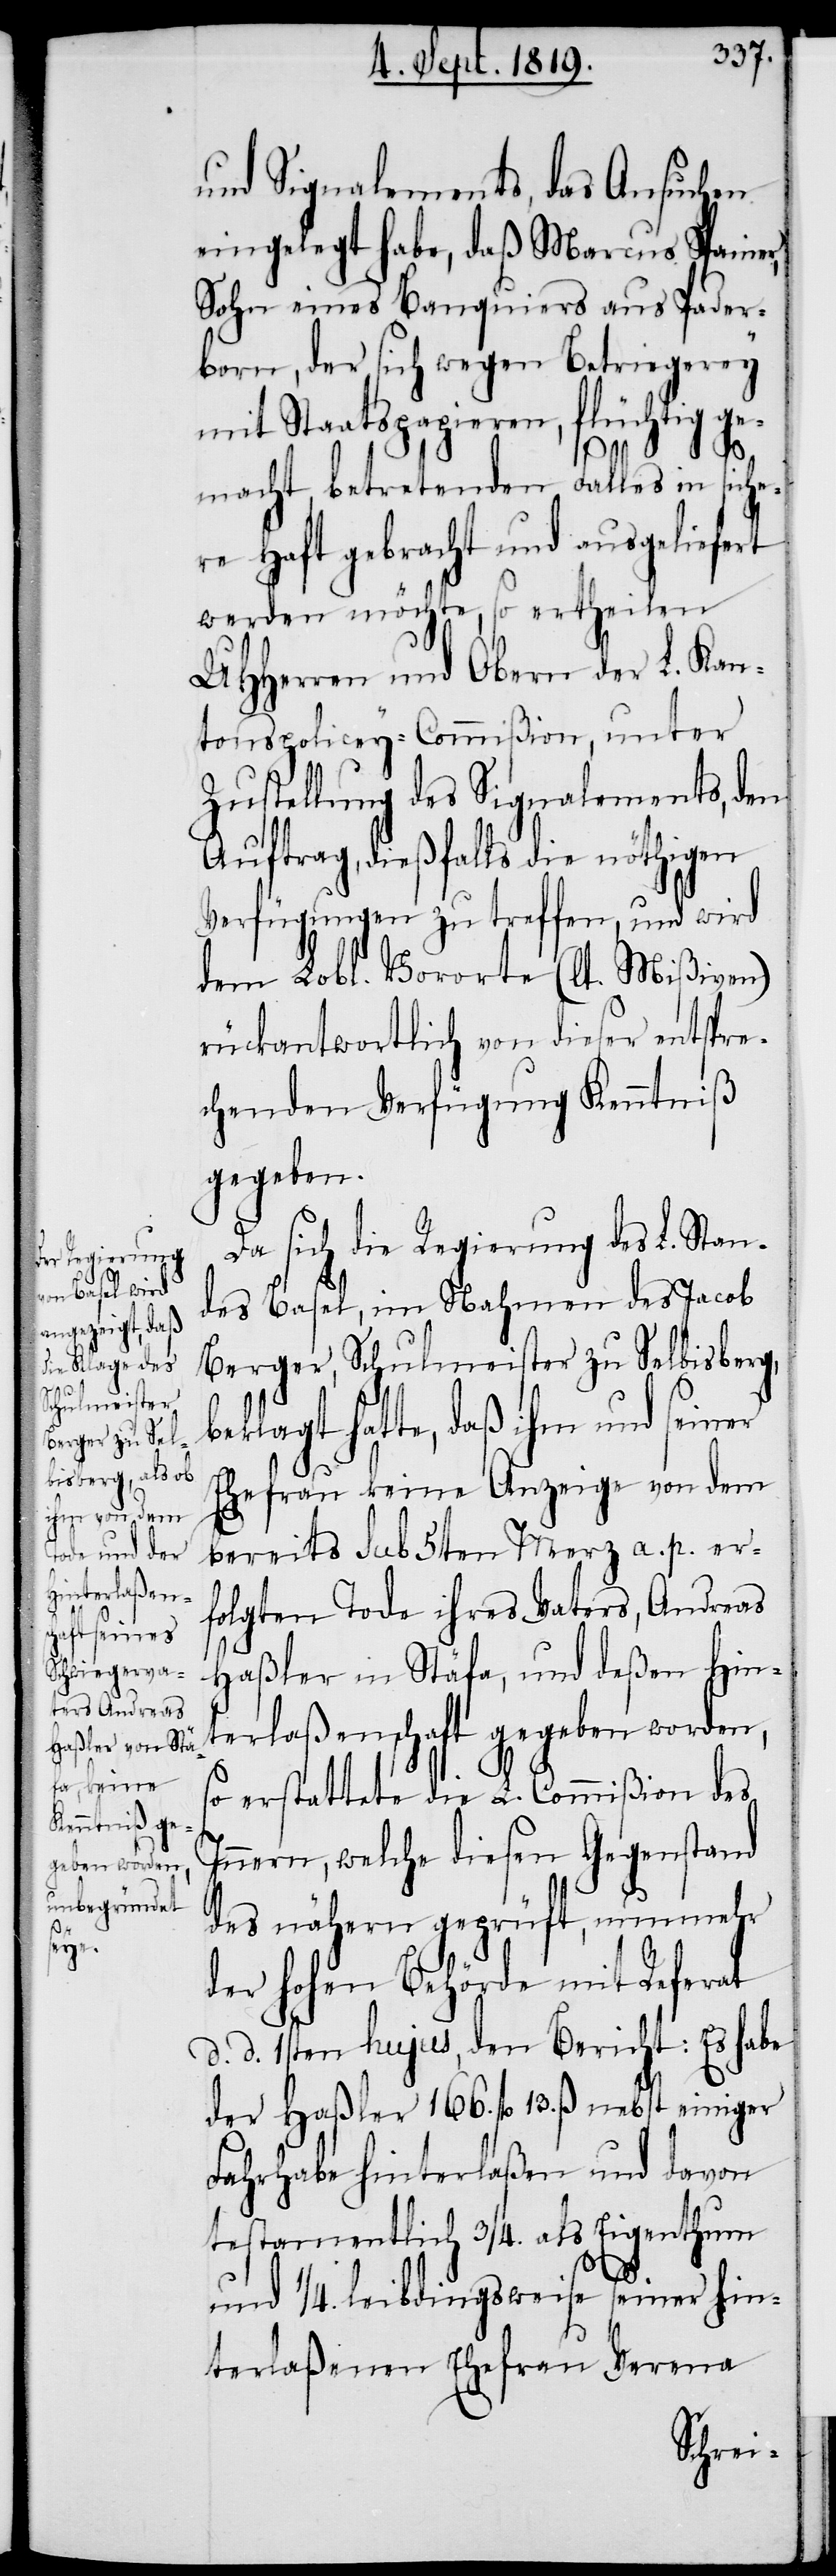
und Signalements, das Ansuchen
eingelegt habe, daß Marcus Spanier,
Sohn eines Banquiers aus Pader¬
born, der sich wegen Betriegerey
mit Staatspapieren, flüchtig ge¬
macht, betretenden Falles in siche¬
re Haft gebracht und ausgeliefert
werden möchte, so ertheilen
UHHerren und Obern der L. Kan¬
tonspolicey-Commißion, unter
Zustellung des Signalements, den
Auftrag, dießfalls die nöthigen
Verfügungen zu treffen, und wird
dem Lobl. Vororte (lt. Mißiven)
rückantwortlich von dieser entspre¬
chenden Verfügung Kenntniß
gegeben.
Da sich die Regierung des L. Stan¬
des Basel, im Nahmen des Jacob
Berger, Schulmeister zu Selbisberg,
beklagt hatte, daß ihm und seiner
Ehefrau keine Anzeige von dem
bereits sub 5ten Merz a. p. er¬
folgten Tode ihres Vaters, Andreas
Haßler in Stäfa, und deßen Hin¬
terlaßenschaft gegeben worden,
so erstattete die L. Commißion des
Innern., welche diesen Gegenstand
des nähern geprüft, nunmehr
der hohen Behörde mit Referat
d. d. 1sten hujus, den Bericht: Es habe
der Haßler 166. fl. 13. ß. nebst einiger
Fahrhabe hinterlaßen und davon
testamentlich ¾. als Eigenthum
und ¼. leibdingsweise seiner hin¬
terlaßenen Ehefrau Verena